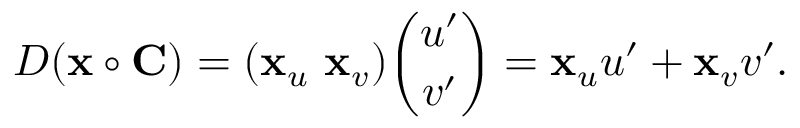
D ( \mathbf { x } \circ \mathbf { C } ) = ( \mathbf { x } _ { u } \ \mathbf { x } _ { v } ) { \binom { u ^ { \prime } } { v ^ { \prime } } } = \mathbf { x } _ { u } u ^ { \prime } + \mathbf { x } _ { v } v ^ { \prime } .